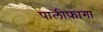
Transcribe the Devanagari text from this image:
पालीफ़ागा